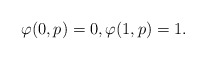
\begin{align*}\varphi(0,p)=0, \varphi(1,p)=1.\end{align*}